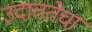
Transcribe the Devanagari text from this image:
उदात्ततेचा